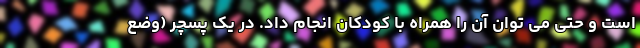
است و حتی می توان آن را همراه با کودکان انجام داد. در یک پسچر (وضع